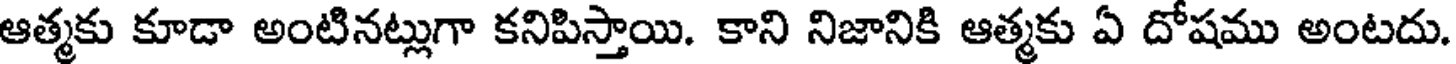
ఆత్మకు కూడా అంటినట్లుగా కనిపిస్తాయి. కాని నిజానికి ఆత్మకు ఏ దోషము అంటదు.